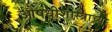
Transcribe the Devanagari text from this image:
औषधीशास्त्राच्या